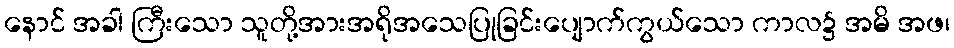
နောင် အခါ ကြီးသော သူတို့အားအရိုအသေပြုခြင်းပျောက်ကွယ်သော ကာလ၌ အမိ အဖ၊